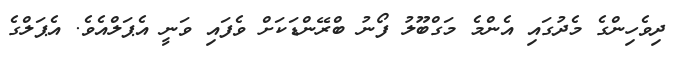
ދިވެހިންގެ މެދުގައި އެންމެ މަގްބޫލު ފޯނު ބްރޭންޑަކަށް ވެފައި ވަނީ އެޕަލްއެވެ. އެޕަލްގެ